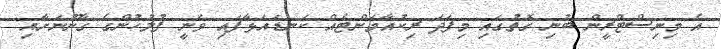
އެ މިނިސްޓްރީން ބުނި ގޮތުގައި މިފަދަ ރިކުއާމަންޓެއް ކަނޑައަޅާފައި ވަނީ ފުލުހުންގެ ގާނޫނަށާއި